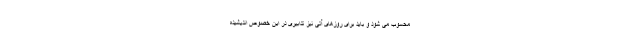
محسوب می شود و باید برای روزهای آتی نیز تدابیری در این خصوص اندیشیده